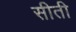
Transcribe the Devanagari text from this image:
सीती